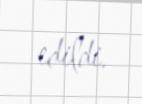
edildi.